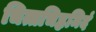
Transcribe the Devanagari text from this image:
चित्तचिह्नमिदं